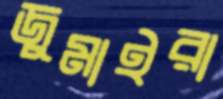
জুমাইরা